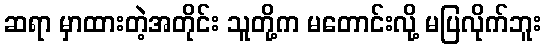
ဆရာ မှာထားတဲ့အတိုင်း သူတို့က မတောင်းလို့ မပြလိုက်ဘူး